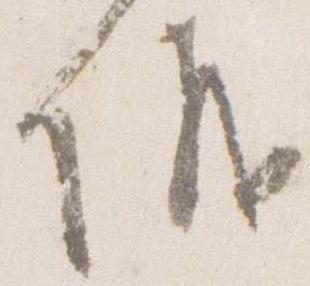
儀